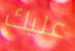
عليك